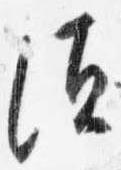
須